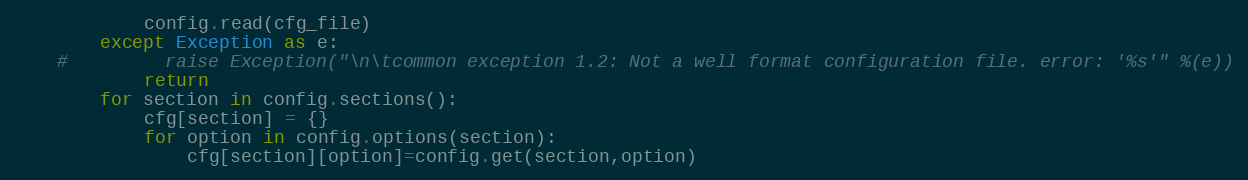
Language: Python
            config.read(cfg_file)
        except Exception as e:
    #         raise Exception("\n\tcommon exception 1.2: Not a well format configuration file. error: '%s'" %(e))
            return
        for section in config.sections():
            cfg[section] = {}
            for option in config.options(section):
                cfg[section][option]=config.get(section,option)